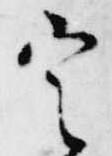
定